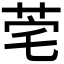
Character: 𬜭